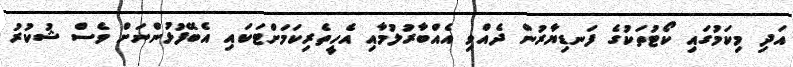
އަދި މިކަމުގައި ކޯޓުތަކުގެ ފަނޑިޔާރުން ދެއްވި އެއްބާރުލުމާއި އެހީތެރިކަމަށްޓަކައި އެބޭފުޅުންނަށް ވެސް ޝުކުރު